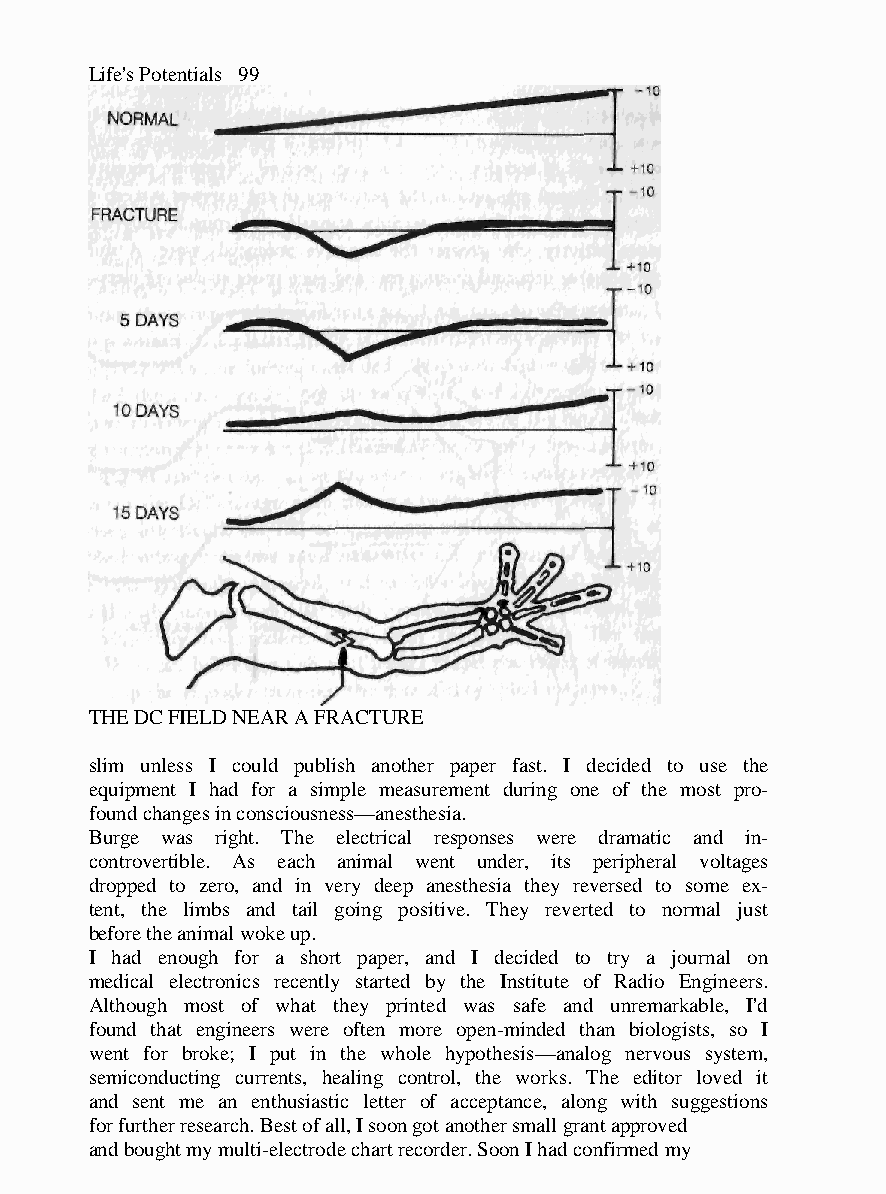
Life's Potentials 99
 THE DC FIELD NEAR A FRACTURE
 slim unless I could publish another paper fast. I decided to use the
 equipment I had for a simple measurement during one of the most pro-
 found changes in consciousness—anesthesia.
 Burge was right. The electrical responses were dramatic and in-
 controvertible. As each animal went under, its peripheral voltages
 dropped to zero, and in very deep anesthesia they reversed to some ex-
 tent, the limbs and tail going positive. They reverted to normal just
 before the animal woke up.
 I had enough for a short paper, and I decided to try a journal on
 medical electronics recently started by the Institute of Radio Engineers.
 Although most of what they printed was safe and unremarkable, I'd
 found that engineers were often more open-minded than biologists, so I
 went for broke; I put in the whole hypothesis—analog nervous system,
 semiconducting currents, healing control, the works. The editor loved it
 and sent me an enthusiastic letter of acceptance, along with suggestions
 for further research. Best of all, I soon got another small grant approved
 and bought my multi-electrode chart recorder. Soon I had confirmed my